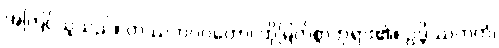
အကြင်သူသည်။ တဿဘဂဝတော၊ ထိုမြတ်စွာဘုရား၏။ ဥဒ္ဒိဿကတံ၊